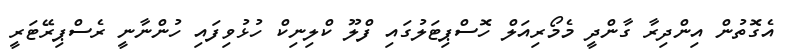
އެގޮތުން އިންދިރާ ގާންދީ މެމޯރިއަލް ހޮސްޕިޓަލުގައި ފްލޫ ކްލިނިކް ހުޅުވިފައި ހުންނާނީ ރެސްޕިރޭޓަރީ